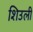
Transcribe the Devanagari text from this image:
शिउली